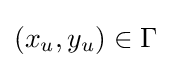
(x_{u},y_{u})\in \Gamma